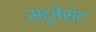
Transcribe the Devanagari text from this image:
स्टुवेसंट